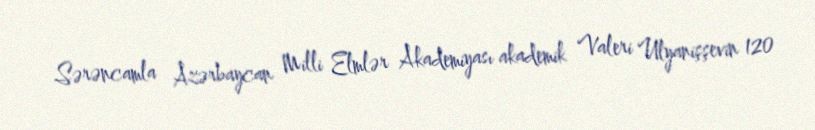
Sərəncamla Azərbaycan Milli Elmlər Akademiyası akademik Valeri Ulyanişşevin 120